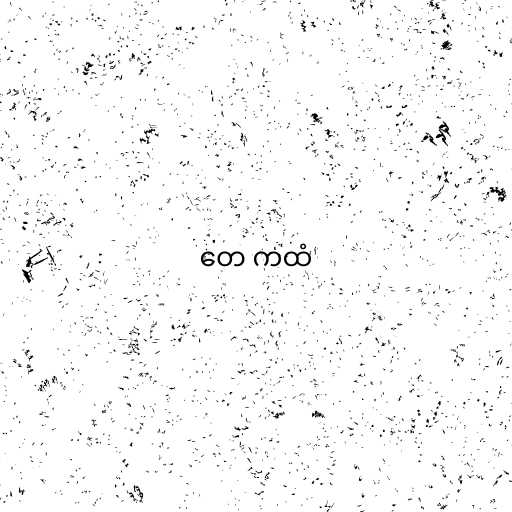
တေ ကထံ